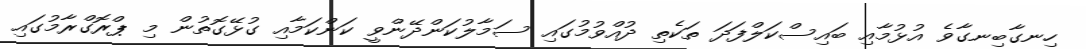
ހިނގާބިނގާވެ އުޅުމާއި ބައިސްކަލްފަދަ ތަކެތި ދުއްވުމުގައި ސަމާލުކަންދޭންވީ ކަންކަމާއި ގުޅޭގޮތުން މި ޕްރޮގްރާމުގައި